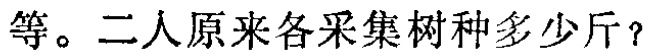
等。二人原来各采集树种多少斤？